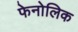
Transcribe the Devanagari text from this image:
फेनोलिक